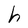
Character: h